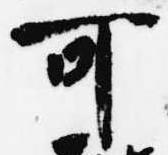
可